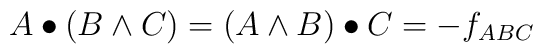
A \bullet ( B \wedge C ) = (A \wedge B) \bullet C  = -f_{ABC}